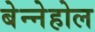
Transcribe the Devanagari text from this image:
बेन्नेहोल